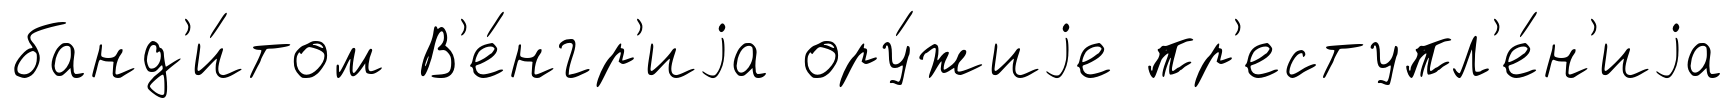
банд'и́том В'е́нгр'иjа ору́жиjе пр'еступл'е́н'иjа